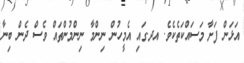
އަޅަން ފަށާ މަސައްކަތެކެވެ. އދ.ގައި އެމީހުން ނިންމާ ނިންމުންތައް ވެސް ދެން ބިނާ